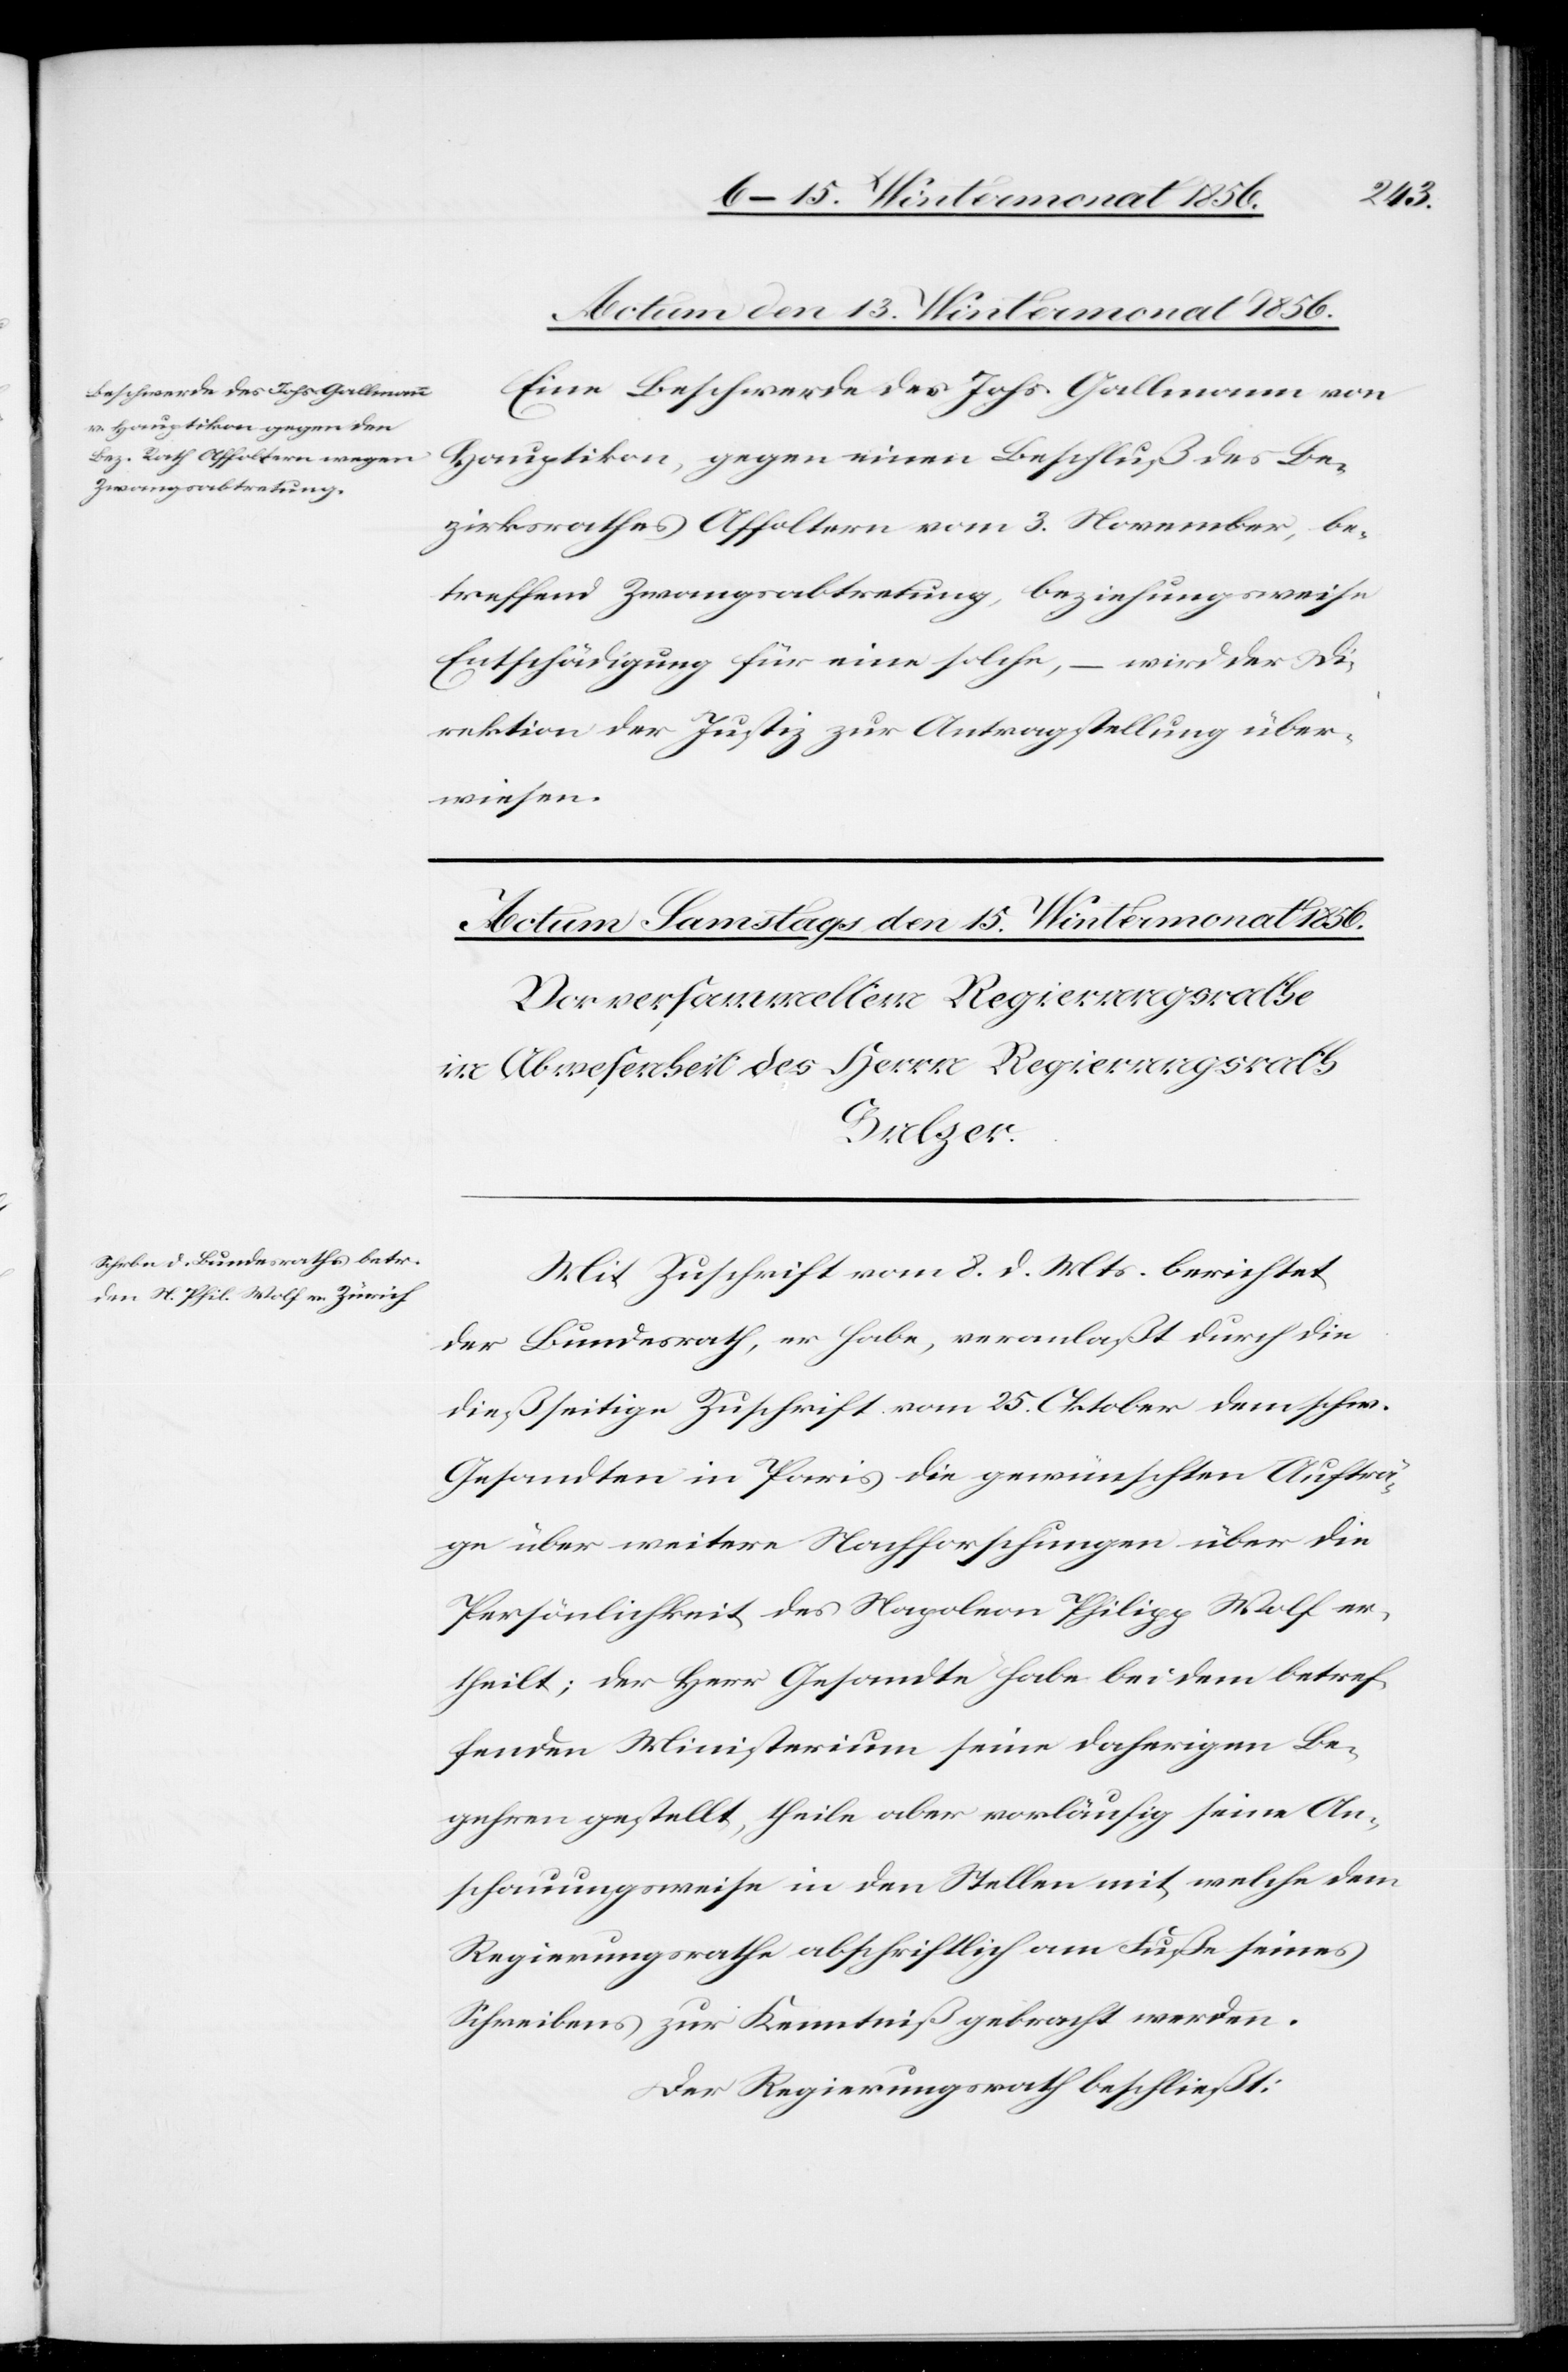
den 13. Wintermonat 1856.
Be¬
Eine Beschwerde des Johs. Gallmann von
Hauptikon, gegen einen
zirksrathes Affoltern vom 3. November, be¬
treffend Zwangsabtretung, beziehungsweise
Entschädigung für eine solche, – wird der Di¬
rektion der Justiz zur Antragstellung über¬
wiesen.
Mit Zuschrift vom 8. d. Mts. berichtet
der Bundesrath, er habe, veranlaßt durch die
dießseitige Zuschrift vom 25. Oktober dem schw.
Gesandten in Paris die gewünschten Aufträ¬
ge über weitere Nachforschungen über die
Persönlichkeit des Napoleon Philipp Wolf er¬
theilt; der Herr Gesandte habe bei dem betref¬
fenden Ministerium seine daherigen Be¬
gehren gestellt, theile aber vorläufig seine An¬
schauungsweise in den Stellen mit, welche dem
Regierungsrathe abschriftlich am Fuß seines
Schreibens zur Kenntniß gebracht werden.
Der Regierungsrath beschließt: